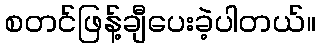
စတင်ဖြန့်ချီပေးခဲ့ပါတယ်။